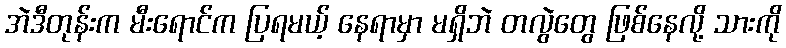
အဲဒီတုန်းက မီးရောင်က ပြရမယ့် နေရာမှာ မရှိဘဲ တလွဲတွေ ဖြစ်နေလို့ သားကို